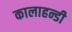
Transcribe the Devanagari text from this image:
कालाहन्डी